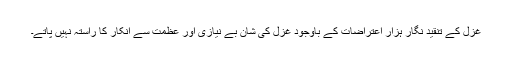
غزل کے تنقید نگار ہزار اِعتراضات کے باوجود غزل کی شانِ بے نیازی اور عظمت سے انکار کا راستہ نہیں پاتے۔